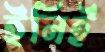
ইনিই